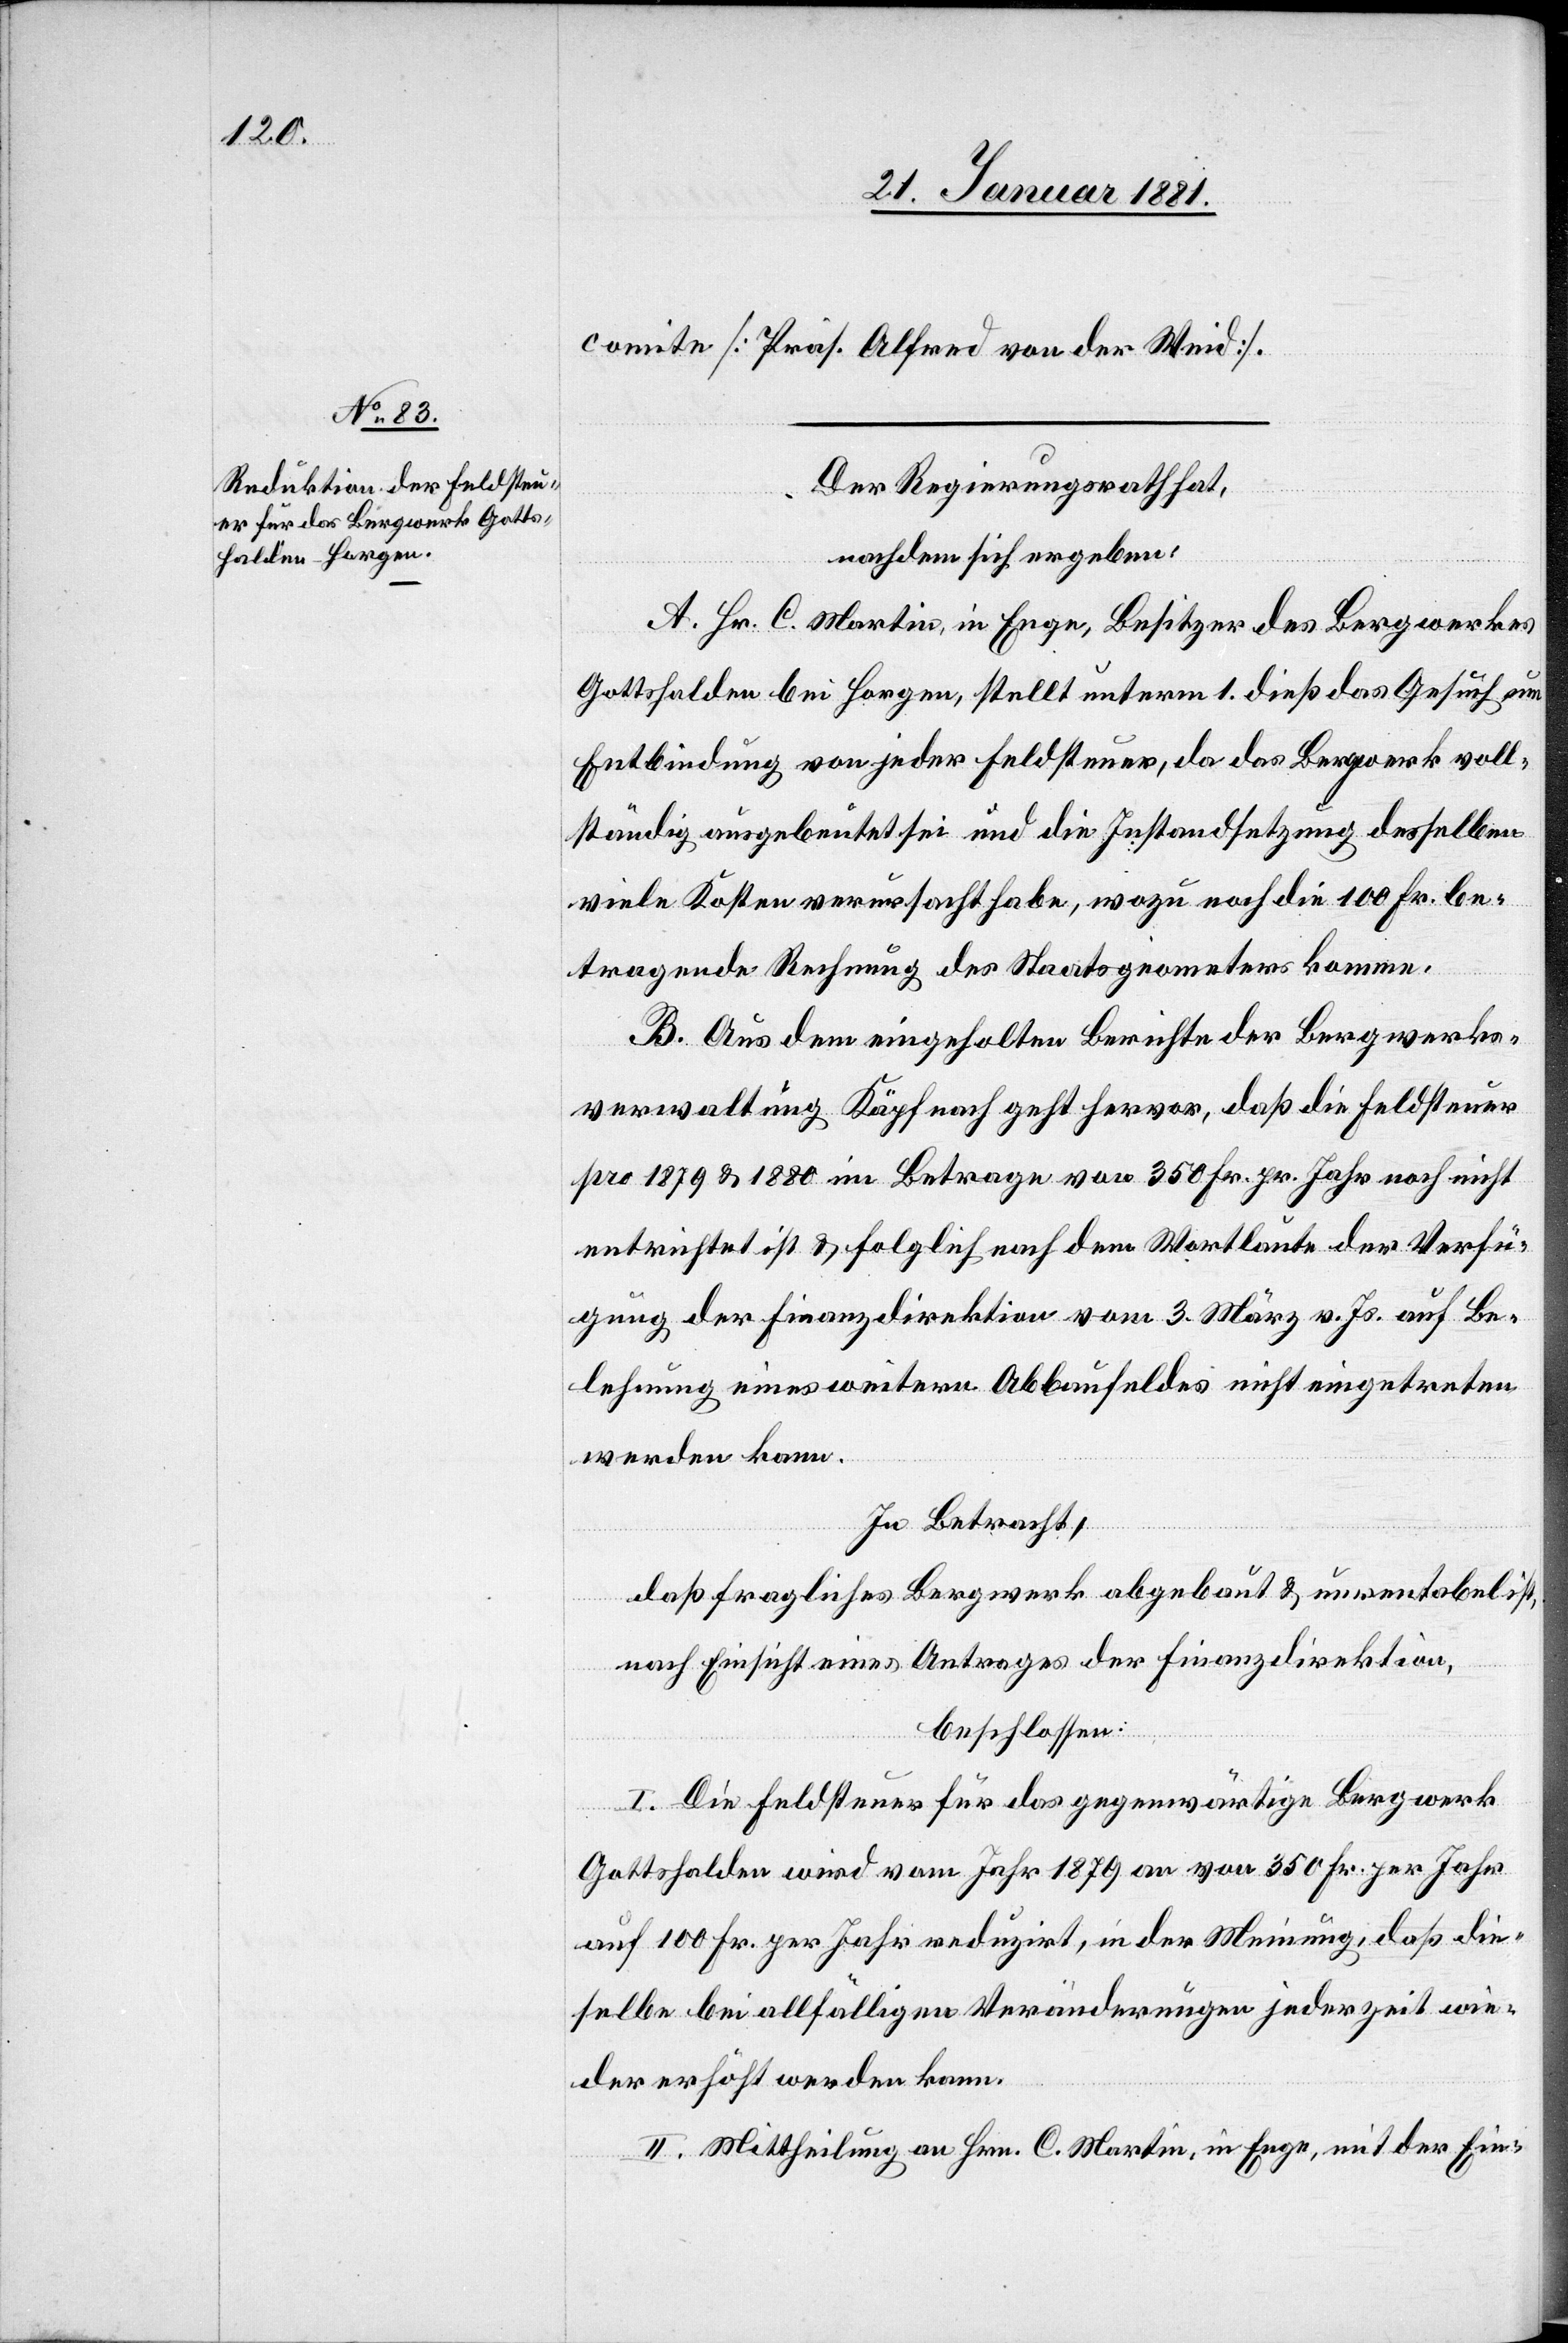
comite [Präs. Alfred von der Weid].
Der Regierungsrath hat,
nachdem sich ergeben:
A. Hr. C. Martin, in Enge, Besitzer des Bergwerkes
Gottshalden bei Horgen, stellt unterm 1. dieß das Gesuch um
Entbindung von jeder Feldsteuer, da das Bergwerk voll¬
ständig ausgebeutet sei und die Instandsetzung desselben
viele Kosten verursacht habe, wozu noch die 100 Fr. be¬
tragende Rechnung des Staatsgeometer komme.
B. Aus dem eingeholten Berichte der Bergwerks¬
verwaltung Käpfnach geht hervor, daß die Feldsteuer
pro 1879 & 1880 im Betrage von 350 Fr. pr. Jahr noch nicht
entrichtet ist & folglich nach dem Wortlaute der Verfü¬
gung der Finanzdirektion vom 3. März v. Js. auf Be¬
lehnung eines weitern Abbaufeldes nicht eingetreten
werden kann.
In Betracht;
daß fragliches Bergwerk abgebaut & unrentabel ist,
nach Einsicht eines Antrages der Finanzdirektion,
beschlossen:
I. Die Feldsteuer für das gegenwärtige Bergwerk
Gottshalden wird vom Jahr 1879 an von 350 Fr. per Jahr
auf 100 Fr. per Jahr reduzirt, in der Meinung, daß die¬
selbe bei allfälligen Veränderungen jederzeit wie¬
der erhöht werden kann.
II. Mittheilung an Hrn. C. Martin, in Enge, mit der Ein-